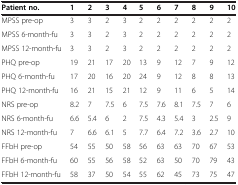
<table><thead><tr><td><b>Patient no.</b></td><td><b>1</b></td><td><b>2</b></td><td><b>3</b></td><td><b>4</b></td><td><b>5</b></td><td><b>6</b></td><td><b>7</b></td><td><b>8</b></td><td><b>9</b></td><td><b>10</b></td></tr></thead><tbody><tr><td>MPSS pre-op</td><td>3</td><td>3</td><td>2</td><td>3</td><td>2</td><td>2</td><td>2</td><td>2</td><td>2</td><td>2</td></tr><tr><td>MPSS 6-month-fu</td><td>3</td><td>3</td><td>2</td><td>3</td><td>2</td><td>2</td><td>2</td><td>2</td><td>2</td><td>2</td></tr><tr><td>MPSS 12-month-fu</td><td>3</td><td>3</td><td>2</td><td>3</td><td>2</td><td>2</td><td>2</td><td>2</td><td>2</td><td>2</td></tr><tr><td>PHQ pre-op</td><td>19</td><td>21</td><td>17</td><td>20</td><td>13</td><td>9</td><td>12</td><td>7</td><td>9</td><td>12</td></tr><tr><td>PHQ 6-month-fu</td><td>17</td><td>20</td><td>16</td><td>20</td><td>24</td><td>9</td><td>12</td><td>8</td><td>8</td><td>13</td></tr><tr><td>PHQ 12-month-fu</td><td>16</td><td>21</td><td>15</td><td>21</td><td>12</td><td>9</td><td>11</td><td>6</td><td>5</td><td>14</td></tr><tr><td>NRS pre-op</td><td>8.2</td><td>7</td><td>7.5</td><td>6</td><td>7.5</td><td>7.6</td><td>8.1</td><td>7.5</td><td>7</td><td>6</td></tr><tr><td>NRS 6-month-fu</td><td>6.6</td><td>5.4</td><td>6</td><td>2</td><td>7.5</td><td>4.3</td><td>5.4</td><td>3</td><td>2.5</td><td>9</td></tr><tr><td>NRS 12-month-fu</td><td>7</td><td>6.6</td><td>6.1</td><td>5</td><td>7.7</td><td>6.4</td><td>7.2</td><td>3.6</td><td>2.7</td><td>10</td></tr><tr><td>FFbH pre-op</td><td>54</td><td>55</td><td>50</td><td>58</td><td>56</td><td>63</td><td>63</td><td>70</td><td>67</td><td>53</td></tr><tr><td>FFbH 6-month-fu</td><td>60</td><td>55</td><td>56</td><td>58</td><td>52</td><td>63</td><td>50</td><td>70</td><td>79</td><td>43</td></tr><tr><td>FFbH 12-month-fu</td><td>58</td><td>37</td><td>50</td><td>54</td><td>55</td><td>62</td><td>45</td><td>73</td><td>75</td><td>47</td></tr></tbody></table>